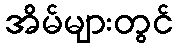
အိမ်များတွင်